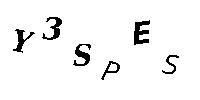
Y3SPES